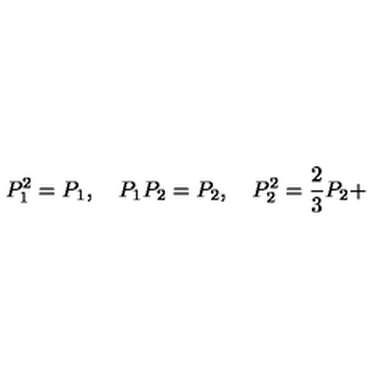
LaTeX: P _ { 1 } ^ { 2 } = P _ { 1 } , \quad P _ { 1 } P _ { 2 } = P _ { 2 } , \quad P _ { 2 } ^ { 2 } = \frac { 2 } { 3 } P _ { 2 } +